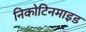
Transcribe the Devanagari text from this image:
निकोटिनमाइड